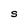
Character: S